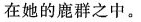
在她的鹿群之中。